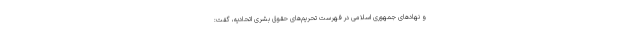
و نهادهای جمهوری اسلامی در فهرست تحریم‌های حقوق بشری اتحادیه، گفت: